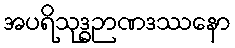
အပရိသုဒ္ဓဉာဏဒဿနော